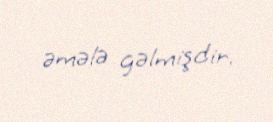
əmələ gəlmişdir.